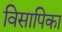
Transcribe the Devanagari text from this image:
विसापिका